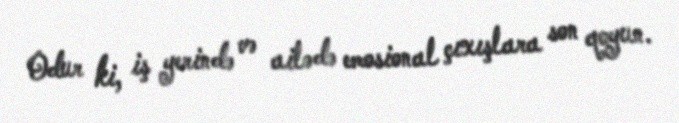
Odur ki, iş yerində və ailədə emosional çıxışlara son qoyun.